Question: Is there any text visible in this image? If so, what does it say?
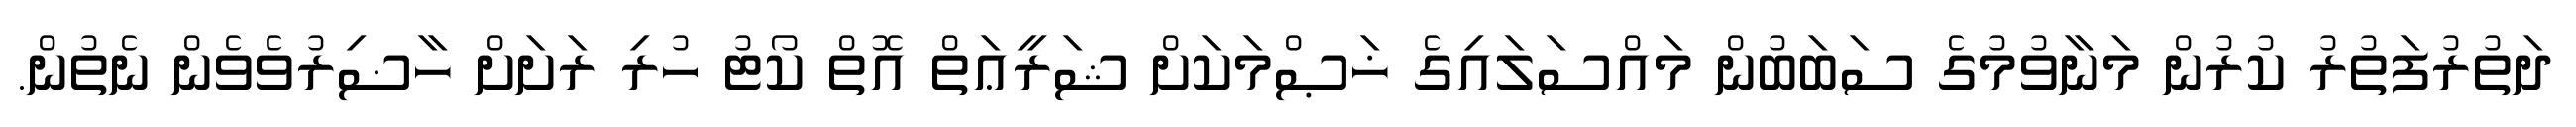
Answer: ދަތުރުފަތުރު ކުރުން މަނާވުމުގެ ސަބަބުން މައްސަލައިގެ ޚަޞްމަކަށް ޝަރީޢަތް އޮތް ކޯޓު ހުރި ރަށަށް ހާޟިރުވެވެން ނެތުން.